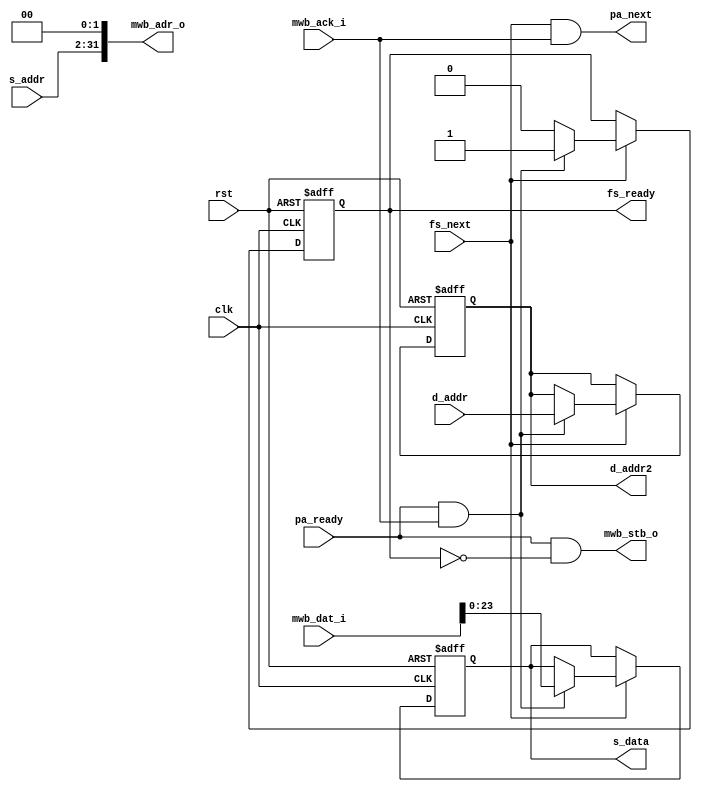
/*
 * Image warping and decay, source pixel fetching
 * Copyright (C) 2008 Sebastien Bourdeauducq - http://lekernel.net
 * This file is part of Milkymist.
 *
 * Milkymist is free software; you can redistribute it and/or modify it
 * under the terms of the GNU Library General Public License as published
 * by the Free Software Foundation; either version 2, or (at your option)
 * any later version.
 *
 * This program is distributed in the hope that it will be useful,
 * but WITHOUT ANY WARRANTY; without even the implied warranty of
 * MERCHANTABILITY or FITNESS FOR A PARTICULAR PURPOSE.  See the GNU
 * Library General Public License for more details.
 *
 * You should have received a copy of the GNU Library General Public
 * License along with this program; if not, write to the Free Software
 * Foundation, Inc., 51 Franklin Street, Fifth Floor, Boston, MA 02110-1301,
 * USA.
 */

module fetchsource(
	input clk,
	input rst,

	/* Source address, and fetched data */
	input [29:0] s_addr,
	output reg [23:0] s_data,
	input pa_ready,
	output pa_next,

	/* WISHBONE master, read-only */
	output [31:0] mwb_adr_o,
	output mwb_stb_o,
	input mwb_ack_i,
	input [31:0] mwb_dat_i,
	
	/* Register for the destination address */
	input [29:0] d_addr,
	output reg [29:0] d_addr2,
	
	output reg fs_ready,
	input fs_next
);

assign pa_next = fs_next & mwb_ack_i;

assign mwb_adr_o = {s_addr, 2'b00};
assign mwb_stb_o = pa_ready & ~fs_ready;

always @(posedge clk or posedge rst) begin
	if(rst) begin
		s_data <= 0;
		fs_ready <= 0;
		d_addr2 <= 0;
	end else begin
		if(fs_next) begin
			if(pa_ready & mwb_ack_i) begin
				s_data <= mwb_dat_i[23:0];
				d_addr2 <= d_addr;
				fs_ready <= 1;
			end else
				fs_ready <= 0;
		end
	end
end

endmodule